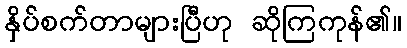
နှိပ်စက်တာများပြီဟု ဆိုကြကုန်၏။